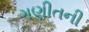
ગણીતની